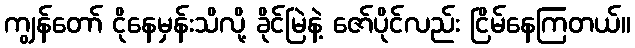
ကျွန်တော် ငိုနေမှန်းသိလို့ ခိုင်မြဲနဲ့ ဇော်ပိုင်လည်း ငြိမ်နေကြတယ်။